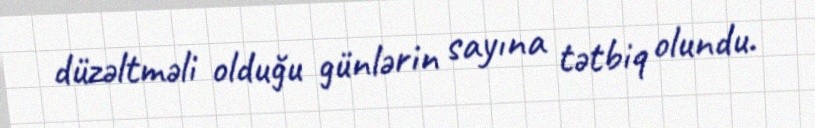
düzəltməli olduğu günlərin sayına tətbiq olundu.